Scientific memoirs by medical officers of the Army of India - Part XII,
Year: 1901
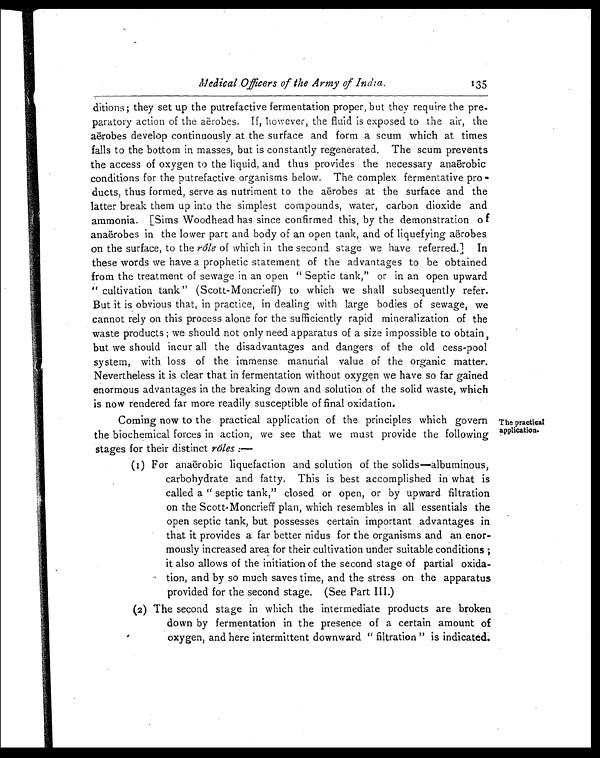
Medical Officers of the Army of India.
135
ditions; they set up the putrefactive fermentation proper, but they require the pre--
paratory action of the aërobes. If, however, the fluid is exposed to the air, the
aërobes develop continuously at the surface and form a scum which at times
falls to the bottom in masses, but is constantly regenerated. The scum prevents
the access of oxygen to the liquid, and thus provides the necessary anaërobic
conditions for the putrefactive organisms below. The complex fermentative pro-
ducts, thus formed, serve as nutriment to the aërobes at the surface and the
latter break them up into the simplest compounds, water, carbon dioxide and
ammonia. [Sims Woodhead has since confirmed this, by the demonstration of
anaërobes in the lower part and body of an open tank, and of liquefying aerobes
on the surface, to the rôle of which in the second stage we have referred.] In
these words we have a prophetic statement of the advantages to be obtained
from the treatment of sewage in an open " Septic tank," or in an open upward
" cultivation tank" (Scott-Moncrieff) to which we shall subsequently refer.
But it is obvious that, in practice, in dealing with large bodies of sewage, we
cannot rely on this process alone for the sufficiently rapid mineralization of the
waste products; we should not only need apparatus of a size impossible to obtain,
but we should incur all the disadvantages and dangers of the old cess-pool
system, with loss of the immense manurial value of the organic matter.
Nevertheless it is clear that in fermentation without oxygen we have so far gained
enormous advantages in the breaking down and solution of the solid waste, which
is now rendered far more readily susceptible of final oxidation.
Coming now to the practical application of the principles which govern
the biochemical forces in action, we see that we must provide the following
stages for their distinct rôles:—
(1) For anaërobic liquefaction and solution of the solids—albuminous,
carbohydrate and fatty. This is best accomplished in what is
called a "septic tank," closed or open, or by upward filtration
on the Scott-Moncrieff plan, which resembles in all essentials the
open septic tank, but possesses certain important advantages in
that it provides a far better nidus for the organisms and an enor
- m o u s l y i n c r e a s e d a r e a f o r t h e i r c u l t i v a t i o n u n d e r s u i t a b l e c o n d i t i o n s ;
it also allows of the initiation of the second stage of partial oxida
- t i o n , a n d b y s o m u c h s a v e s t i m e , a n d t h e s t r e s s o n t h e a p p a r a t u s
provided for the second stage. (See Part III.)
(2) The second stage in which the intermediate products are broken
down by fermentation in the presence of a certain amount of
oxygen, and here intermittent downward "filtration" is indicated.
The practical
application.